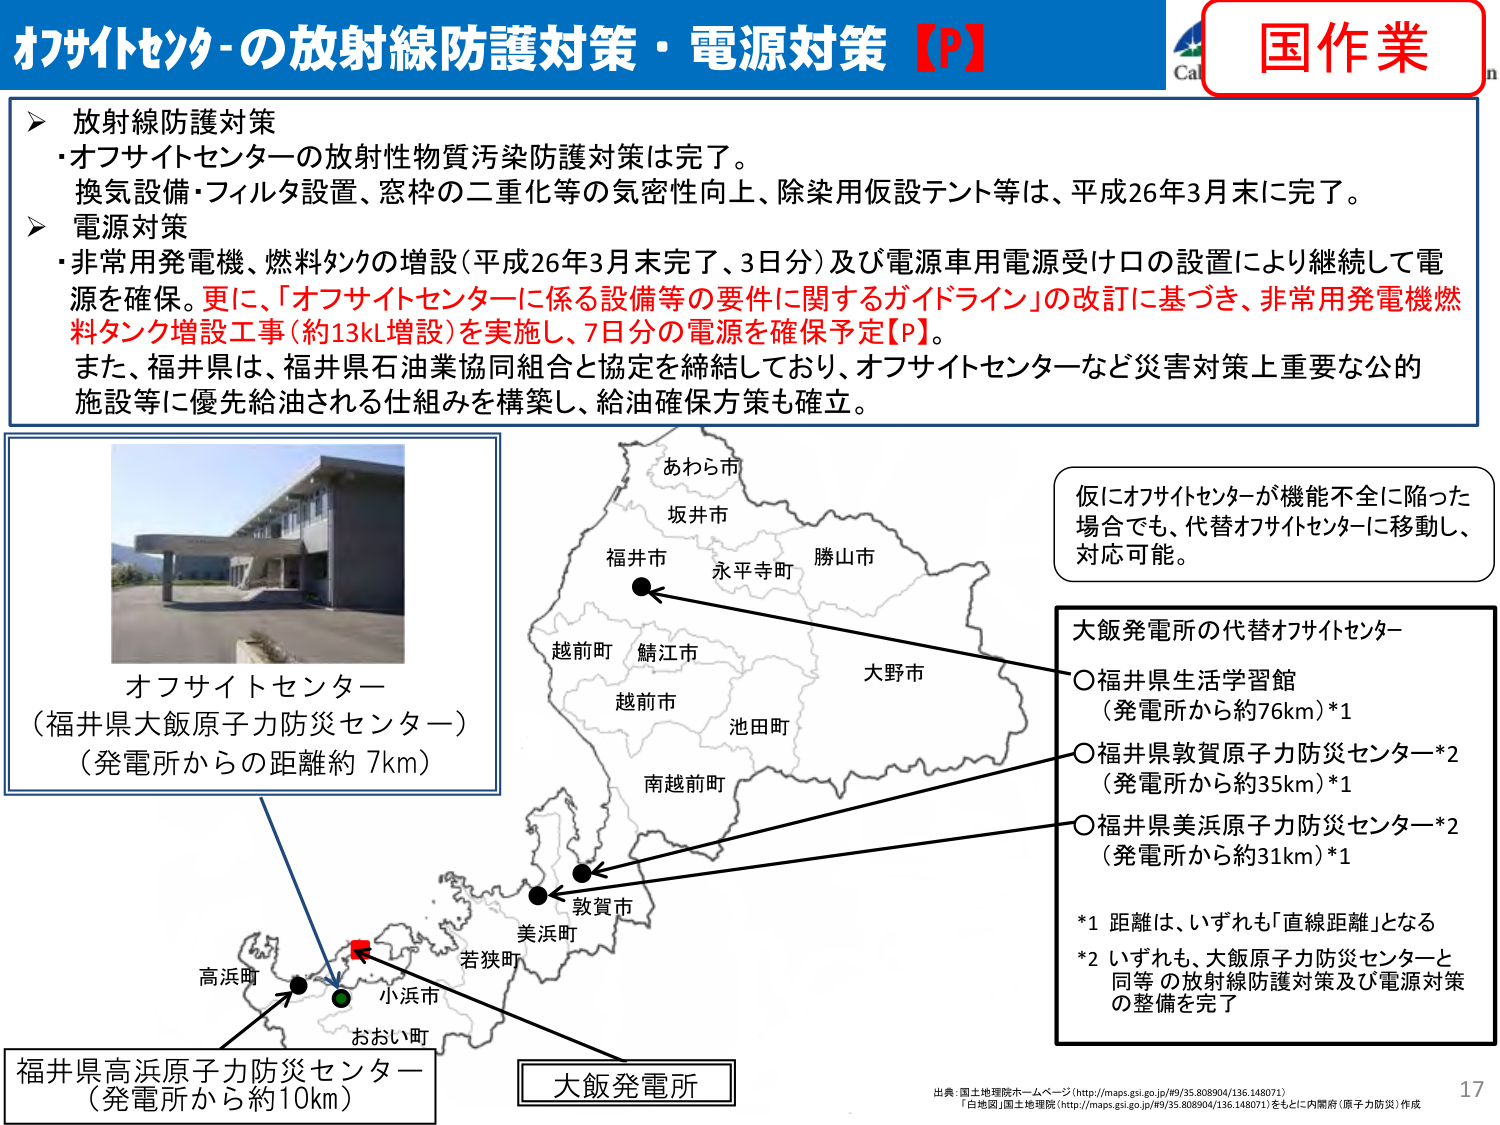
オフサイトセンターの放射線防護対策・電源対策【P】
国作業

▶ 放射線防護対策
・オフサイトセンターの放射性物質汚染防護対策は完了。
換気設備・フィルタ設置、窓枠の二重化等の気密性向上、除染用仮設テント等は、平成26年3月末に完了。

▶ 電源対策
・非常用発電機、燃料タンクの増設（平成26年3月末完了、3日分）及び電源車用電源受け口の設置により継続して電源を確保。更に、「オフサイトセンターに係る設備等の要件に関するガイドライン」の改訂に基づき、非常用発電機燃料タンク増設工事（約13kl増設）を実施し、7日分の電源を確保予定【P】。
また、福井県は、福井県石油業協同組合と協定を締結しており、オフサイトセンターなど災害対策上重要な公的施設等に優先給油される仕組みを構築し、給油確保方策も確立。

オフサイトセンター
（福井県大飯原子力防災センター）
（発電所からの距離約7km）

あわら市
坂井市
福井市
永平寺町
勝山市
越前町
鯖江市
越前市
池田町
大野市
南越前町
敦賀市
美浜町
若狭町
高浜町
小浜市
おおい町

仮にオフサイトセンターが機能不全に陥った場合でも、代替オフサイトセンターに移動し、対応可能。

大飯発電所の代替オフサイトセンター
○福井県生活学習館
（発電所から約76km）*1
○福井県敦賀原子力防災センター*2
（発電所から約35km）*1
○福井県美浜原子力防災センター*2
（発電所から約31km）*1

*1 距離は、いずれも「直線距離」となる
*2 いずれも、大飯原子力防災センターと同等の放射線防護対策及び電源対策の整備を完了

福井県高浜原子力防災センター
（発電所から約10km）

大飯発電所

出典：国土地理院ホームページ（http://maps.gsi.go.jp/H9/35.808904/136.148071）
「白地図」国土地理院（http://maps.gsi.go.jp/H9/35.808904/136.148071）をもとに内閣府（原子力防災）作成

17